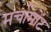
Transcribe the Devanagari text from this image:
मर्चामोंट